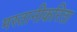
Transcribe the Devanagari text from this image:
मस्तानीकरिता